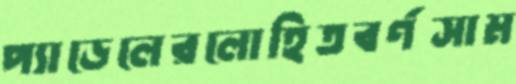
প্যাডেলেরলোহিতবর্ণসাম